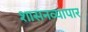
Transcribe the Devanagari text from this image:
शासनव्यापार